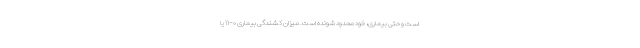
است و حتی بیماری، خود محدود شونده است. میزان کشندگی بیماری ۰-۱۱ یا